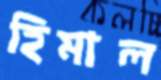
হিমাল